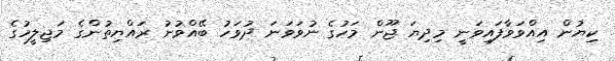
ކިޔުން އިއްވަވާފައިވަނީ މިދިޔަ ޖޫން މަހުގެ ނުވަވަނަ ދުވަހު ބޭއްވުނު ރައްޔިތުންގެ މަޖިލީހުގެ